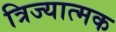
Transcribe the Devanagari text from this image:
त्रिज्यात्मक